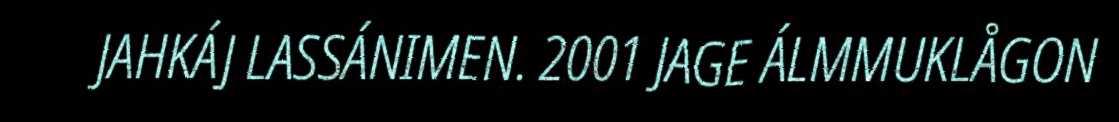
JAHKÁJ LASSÁNIMEN. 2001 JAGE ÁLMMUKLÅGON